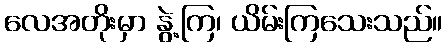
လေအတိုးမှာ နွဲ့ကြ၊ ယိမ်းကြသေးသည်။